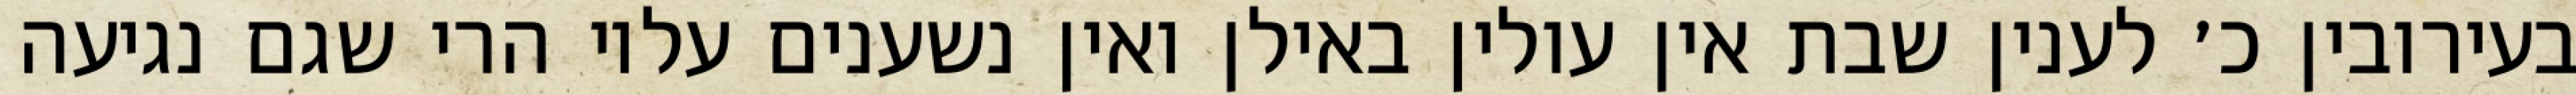
בעירובין כ׳ לענין שבת אין עולין באילן ואין נשענים עליו הרי שגם נגיעה